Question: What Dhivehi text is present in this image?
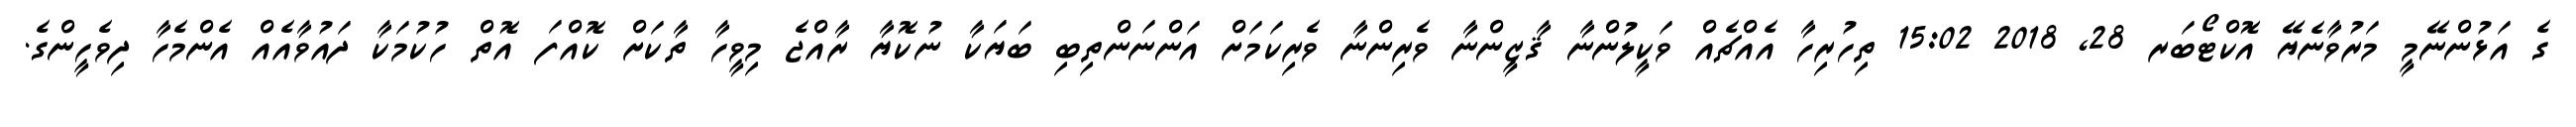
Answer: ގެ އަޅުންނޭމީ މަރުވާނެޔޭ އޮކްޓޯބަރ 28, 2018 15:02 ތިހުރިހާ އެއްޗެއް ވަކީލުންނާ ޤާޒީންނާ ވެރިންނާ ވެރިކަމަށް އަންނަންތިބި ބަޔަކާ ނުކޮޔާ ރާއްޖެ މިވީހާ ތާކަށް ކޮއްފަ އޮތް ހުކުމަކާ ދައުވާއެއް އެންމެހާ ދިވެހީންގެ.